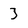
Character: 3